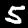
Digit: 5